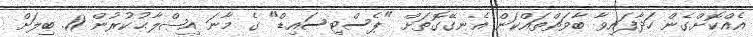
އެއްކޮށްގެން ހަދާފައިވާ ބާވަތްތައްކަން އެނގޭގޮތަށް "ޕެސްޓިސައިޑް" ގެ މާނަ އިޞްލާޙުކުރުން 11. ބިލަށް